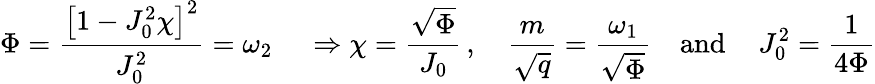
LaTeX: \Phi=\frac{\big[1-J_{0}^{2}\chi\big]^{2}}{J_{0}^{2}}=\omega_{2}\, \quad\Rightarrow\chi=\frac{\sqrt{\Phi}}{J_{0}}\, ,\quad\frac{m}{\sqrt{q}}=\frac{\omega_{1}}{\sqrt{\Phi}}\quad\mathrm{and}\, \quad J_{0}^{2}=\frac{1}{4\Phi}